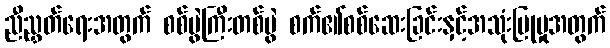
ညီညွှတ်ရေးအတွက် စစ်ပွဲကြီးတစ်ပွဲ စက်၏စစ်ဆေးခြင်းနှင့်အသုံးပြုမှုအတွက်